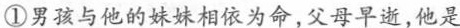
①男孩与他的妹妹相依为命，父母早逝，他是